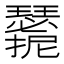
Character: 𭣑